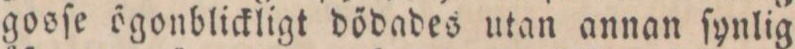
gosſe ögonblickligt dödades utan annan ſynlig